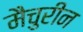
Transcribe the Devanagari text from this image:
मैचुरीन